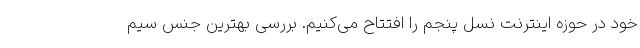
خود در حوزه اینترنت نسل پنجم را افتتاح می‌کنیم. بررسی بهترین جنس سیم